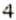
4